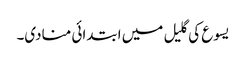
یسوع کی گلیل میں ابتدائی منادی۔